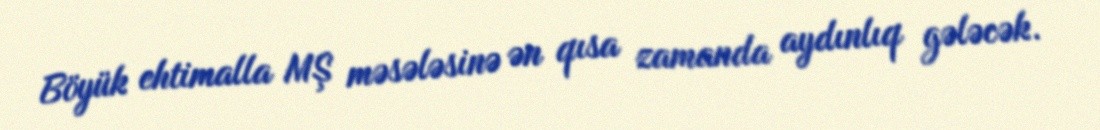
Böyük ehtimalla MŞ məsələsinə ən qısa zamanda aydınlıq gələcək.